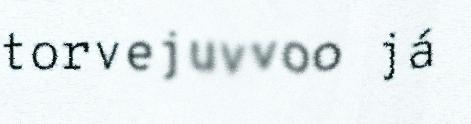
torvejuvvoo já